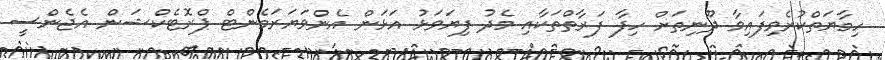
ހިމާޔަތްކުރެވިފައިވާ ދޫނިތަށް ހިފާ ފަރާތްތަކާއި މެދު ފިޔަވަޅު އަޅަން އެންވަޔަރަމެންޓް ޕްރޮޓެކްޝަން އެޖެންސީ